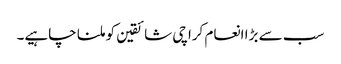
سب سے بڑا انعام کراچی شائقین کو ملنا چاہیے۔